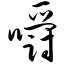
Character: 嚼